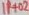
Text: 1H02